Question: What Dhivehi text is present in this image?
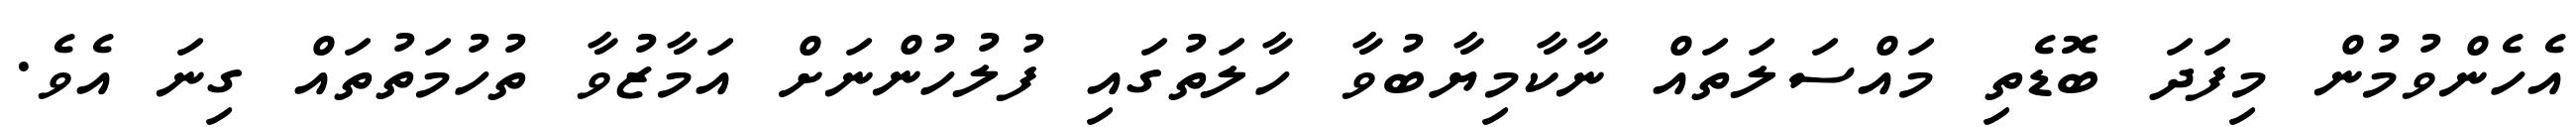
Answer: އެހެންވުމުން މިފަދަ ބޮޑެތި މައްސަލަތައް ނާކާމިޔާބުވާ ހާލަތުގައި ފުލުހުންނަށް އަމާޒުވާ ތުހުމަތުތައް ގިނަ އެވެ.